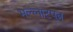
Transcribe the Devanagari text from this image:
भल्लाटपुत्र